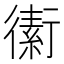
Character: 䘘